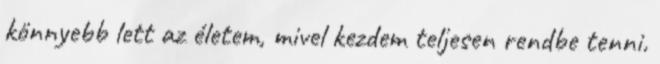
könnyebb lett az életem, mivel kezdem teljesen rendbe tenni.